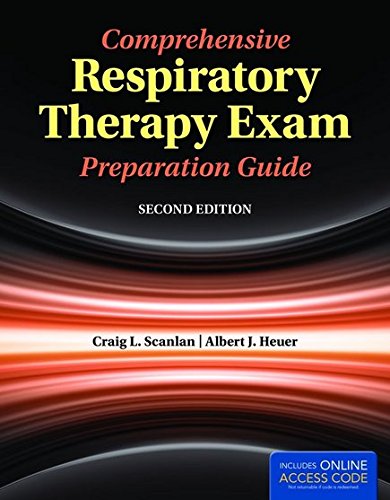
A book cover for Comprehensive Respiratory Therapy Exam Preparation Guide; Craig L. Scanlan; Medical Books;